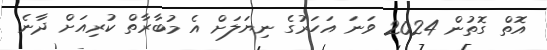
އޮތް ގޮތުން 2024 ވަނަ އަހަރުގެ ނިޔަލަށް އެ މުބާރާތް ކުރިއަށް ދާނެ